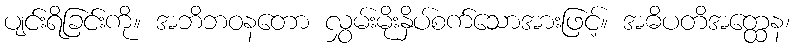
ပျင်းရိခြင်းကို။ အဘိဘဝနတော လွှမ်းမိုးနှိပ်စက်သောအားဖြင့်။ အဓိပတိအတ္ထေန၊